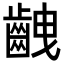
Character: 齥